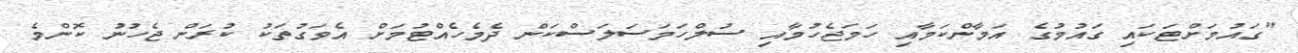
"ގައުމަށްޓަކައި ގައުމުގެ އަމާންކަމާއި ހަމަޖެހުމާއި ސުލްހަމަސަލަސްކަން ދެމެހެއްޓުމަށް އެވަގުތަކު ކުރަން ޖެހުނު ކޮންމެ